画像に写った文字を読んでください
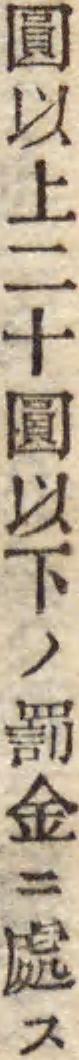
「圓以上二十圓以下ノ罰金ニ處ス」と書いてあります